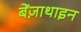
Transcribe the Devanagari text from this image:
बेंज़ाथाइन